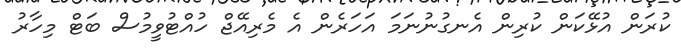
ކުރަން އުޅޭކަން ކުރިން އެނގުނުނަމަ އަހަރެން އެ މެރިއޭޖް ހުއްޓުވީމުސް ބަޓް މިހާރު